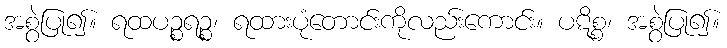
အစွဲပြု၍။ ရထပဉ္စရဉ္စ၊ ရထားပုံတောင်းကိုလည်းကောင်း။ ပဋိစ္စ၊ အစွဲပြု၍။